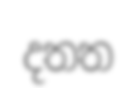
දතත